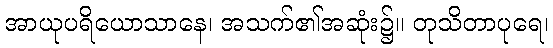
အာယုပရိယောသာနေ၊ အသက်၏အဆုံး၌။ တုသိတာပုရေ၊